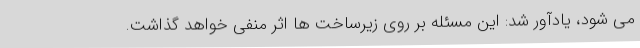
می شود، یادآور شد: این مسئله بر روی زیرساخت ها اثر منفی خواهد گذاشت.